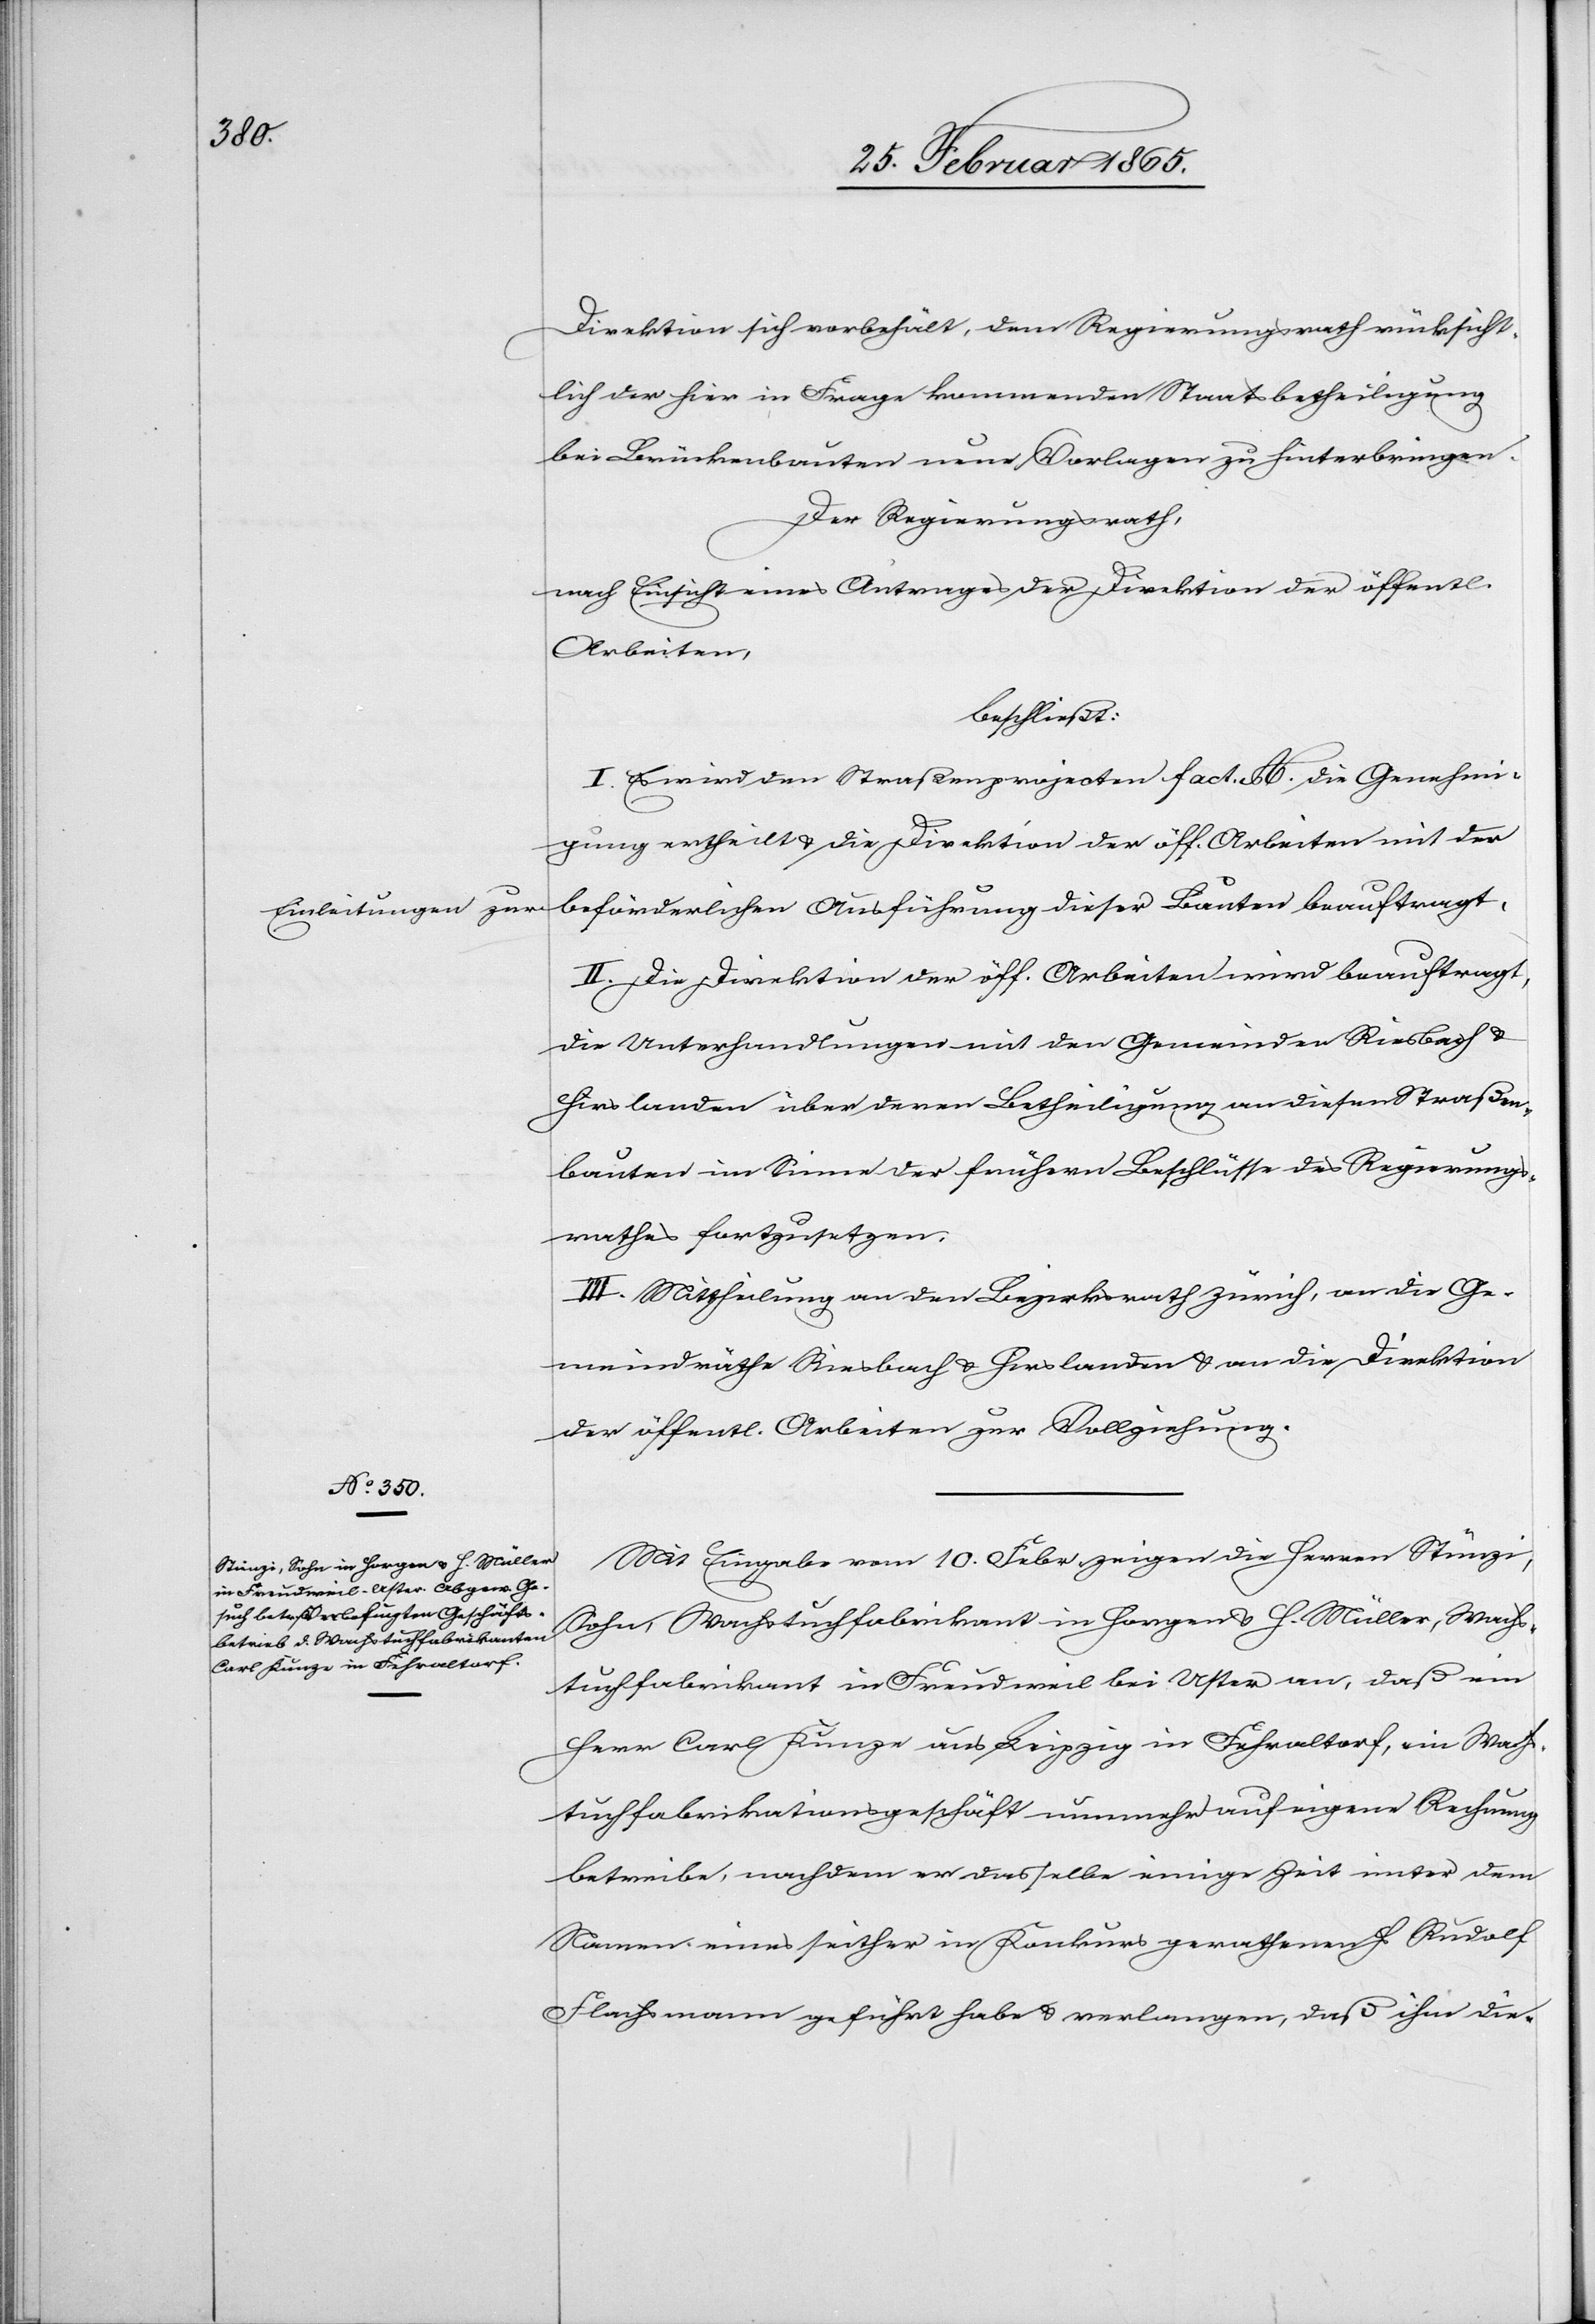
Einleitungen zur

Direktion sich vorbehält, dem Regierungsrath rücksicht¬
lich der hier in Frage kommenden Staatsbetheiligung
bei Brückenbauten neue Vorlagen zu hinterbringen.
Der Regierungsrath,
nach Einsicht eines Antrages der Direktion der öffentl.
Arbeiten,
beschließt:
I. Es wird den Straßenprojecten fact. A. die Genehmi¬
gung ertheilt u. die Direktion der öff. Arbeiten mit der
beförderlichen Ausführung dieser Bauten beauftragt.
II. Die Direktion der öff. Arbeiten wird beauftragt,
die Unterhandlungen mit den Gemeinden Riesbach u.
Hirslanden über deren Betheiligung an diesen Straßen¬
bauten im Sinne der frühern Beschlüsse des Regierungs¬
rathes fortzusetzen.
III. Mittheilung an den Bezirksrath Zürich, an die Ge¬
meindräthe Riesbach u. Hirslanden u. an die Direktion
der öffentl. Arbeiten zur Vollziehung.
Mit Eingabe vom 10. Febr. zeigen die Herren Stünzi,
Sohn, Wachstuchfabrikant in Horgen u. H. Müller, Wachs¬
tuchfabrikant in Freudweil bei Uster an, daß ein
Herr Carl Kunze aus Leipzig in Fehraltorf, ein Wachs¬
tuchfabrikationsgeschäft nunmehr auf eigene Rechnung
betreibe, nachdem er dasselbe einige Zeit unter dem
Namen eines seither in Konkurs gerathenen H. Rudolf
Flachsmann geführt habe u. verlangen, daß ihm die-